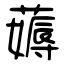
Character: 薅